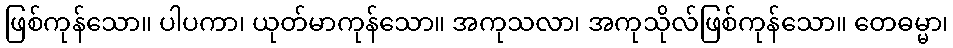
ဖြစ်ကုန်သော။ ပါပကာ၊ ယုတ်မာကုန်သော။ အကုသလာ၊ အကုသိုလ်ဖြစ်ကုန်သော။ တေဓမ္မာ၊